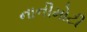
નાનીમોટી